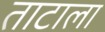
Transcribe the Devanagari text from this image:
ताटाला